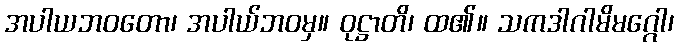
အပါယဘဝတော၊ အပါယ်ဘဝမှ။ ဝုဋ္ဌာတိ၊ ထ၏။ သကဒါဂါမိမဂ္ဂေါ၊